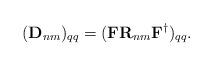
LaTeX: \begin{align*}(\mathbf{D}_{nm})_{qq}=(\mathbf{F}\mathbf{R}_{nm}\mathbf{F}^{\dag})_{qq}.\end{align*}